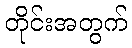
တိုင်းအတွက်